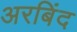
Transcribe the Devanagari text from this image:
अरबिंद